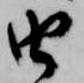
由